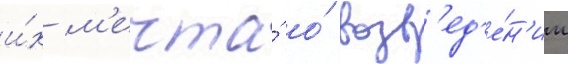
и́х м'ечта́ о́ возв'ед'е́н'ии